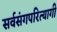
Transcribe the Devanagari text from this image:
सर्वसंगपरित्यागी